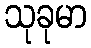
သုခုမာ